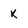
Character: K